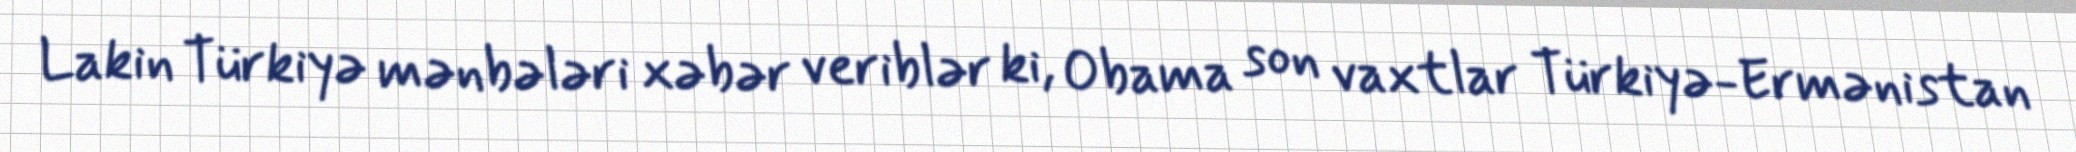
Lakin Türkiyə mənbələri xəbər veriblər ki, Obama son vaxtlar Türkiyə-Ermənistan